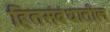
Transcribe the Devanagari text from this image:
हितसंबंधातील